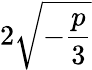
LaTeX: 2{\sqrt{-{\frac{p}{3}}}}